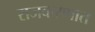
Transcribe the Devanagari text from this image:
राजकरणात